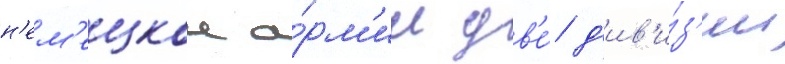
н'ем'ецкои а́рм'ии дв'е́ д'ив'и́з'ии